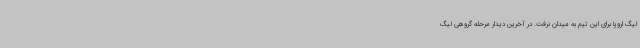
لیگ اروپا برای این تیم به میدان نرفت. در آخرین دیدار مرحله گروهی لیگ